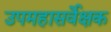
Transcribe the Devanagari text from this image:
उपमहासर्वेक्षक